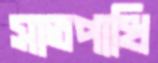
সাতপাখি